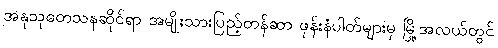
အနုသုတေသနဆိုင်ရာ အမျိုးသားပြည့်တန်ဆာ ဖုန်းနံပါတ်များမှ မြို့အလယ်တွင်